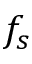
f _ { s }